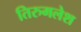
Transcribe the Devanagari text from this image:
तिरुमलेश